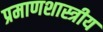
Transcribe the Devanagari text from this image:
प्रमाणशास्त्रीय